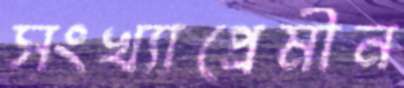
সংখ্যাপ্রেমীন